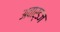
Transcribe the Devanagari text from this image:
अवार्डज